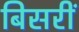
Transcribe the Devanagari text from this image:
बिसरीं